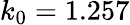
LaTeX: k_{0}=1.257